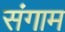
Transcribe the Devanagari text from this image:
संगाम